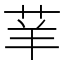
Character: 𦭵